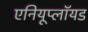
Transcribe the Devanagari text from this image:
एनियूप्लॉयड